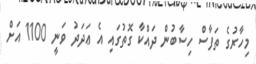
މިހާރުގެ ތަފާސް ހިސާބުން ދައްކާ ގޮތުގައި އެ ޢަދަދު ވަނީ 1100 އަށް